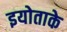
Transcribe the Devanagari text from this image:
इयोताके